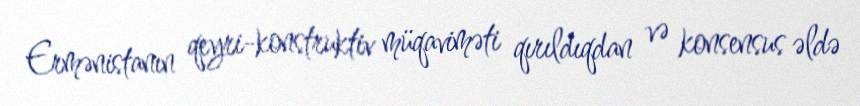
Ermənistanın qeyri-konstruktiv müqaviməti qırıldıqdan və konsensus əldə